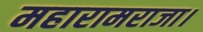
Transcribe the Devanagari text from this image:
महारामराजा।